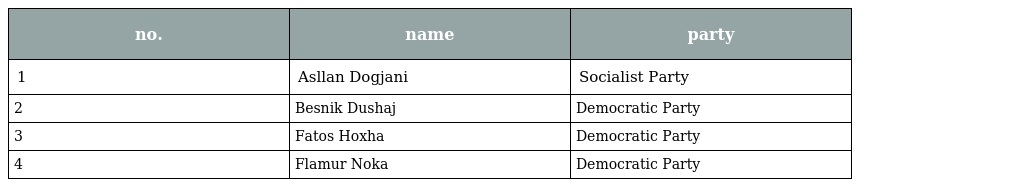
| no. | name | party |
 | --- | --- | --- |
 | 1 | Asllan Dogjani | Socialist Party |
 | 2 | Besnik Dushaj | Democratic Party |
 | 3 | Fatos Hoxha | Democratic Party |
 | 4 | Flamur Noka | Democratic Party |